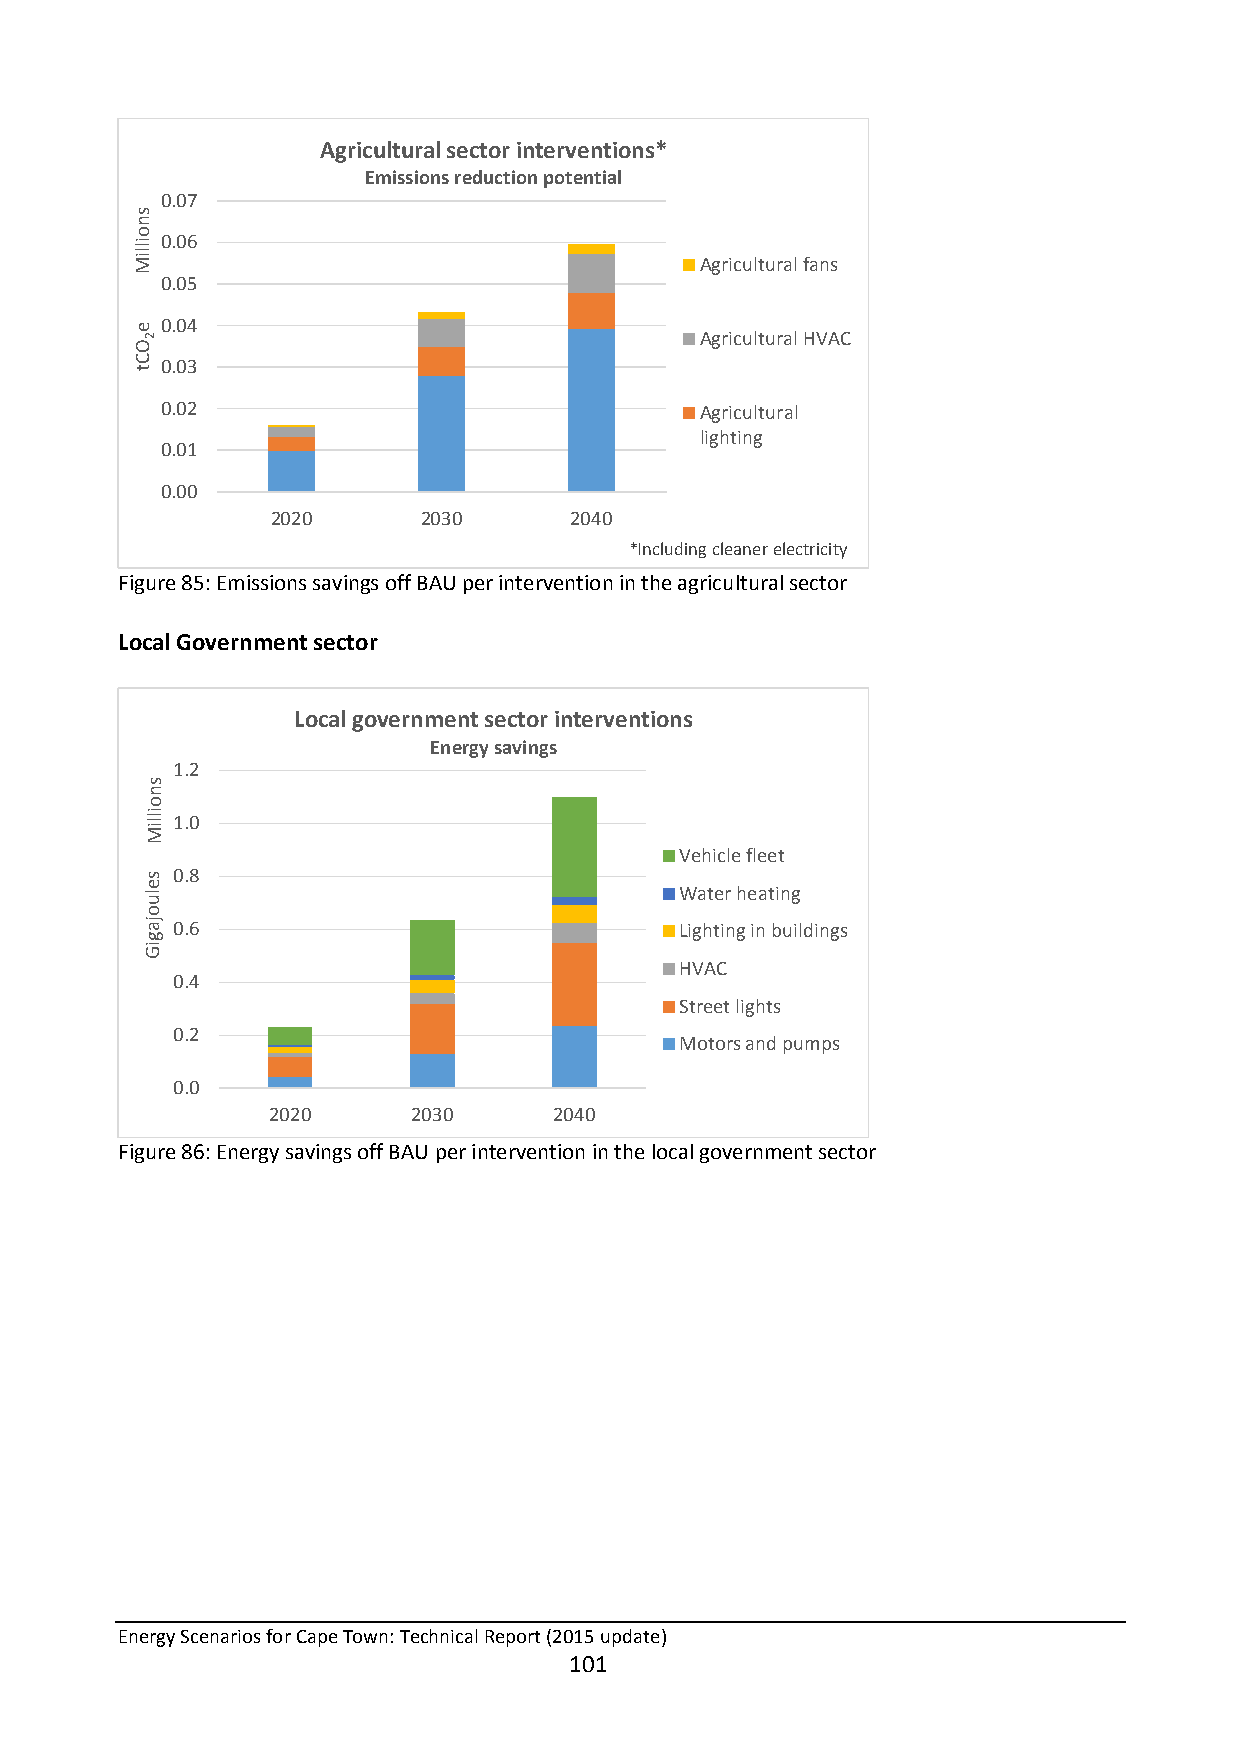
Agricultural sector interventions*
 Emissions reduction potential
 0.07
 0.06
 Agricultural fans
 0.05
 0.04
 Agricultural HVAC
 0.03
 0.02                               Agricultural
 lighting
 0.01
 0.00
 2020      2030      2040
 *Including cleaner electricity
 Figure 85: Emissions savings off BAU per intervention in the agricultural sector
 Local Government sector
 Local government sector interventions
 Energy savings
 1.2
 1.0
 Vehicle fleet
 0.8
 Water heating
 0.6                               Lighting in buildings
 HVAC
 0.4
 Street lights
 0.2
 Motors and pumps
 0.0
 2020     2030      2040
 Figure 86: Energy savings off BAU per intervention in the local government sector
 Energy Scenarios for Cape Town: Technical Report (2015 update)
 101
 snoilliM
 e
 OCt
 2
 snoilliM
 seluojagiG